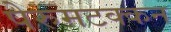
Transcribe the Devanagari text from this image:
पेरुमटक्कन